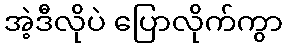
အဲ့ဒီလိုပဲ ပြောလိုက်ကွာ